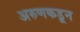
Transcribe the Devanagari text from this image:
अरुणकडून